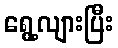
ရွေ့လျားပြီး